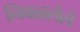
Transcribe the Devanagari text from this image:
निवळलेले